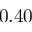
0 . 4 0